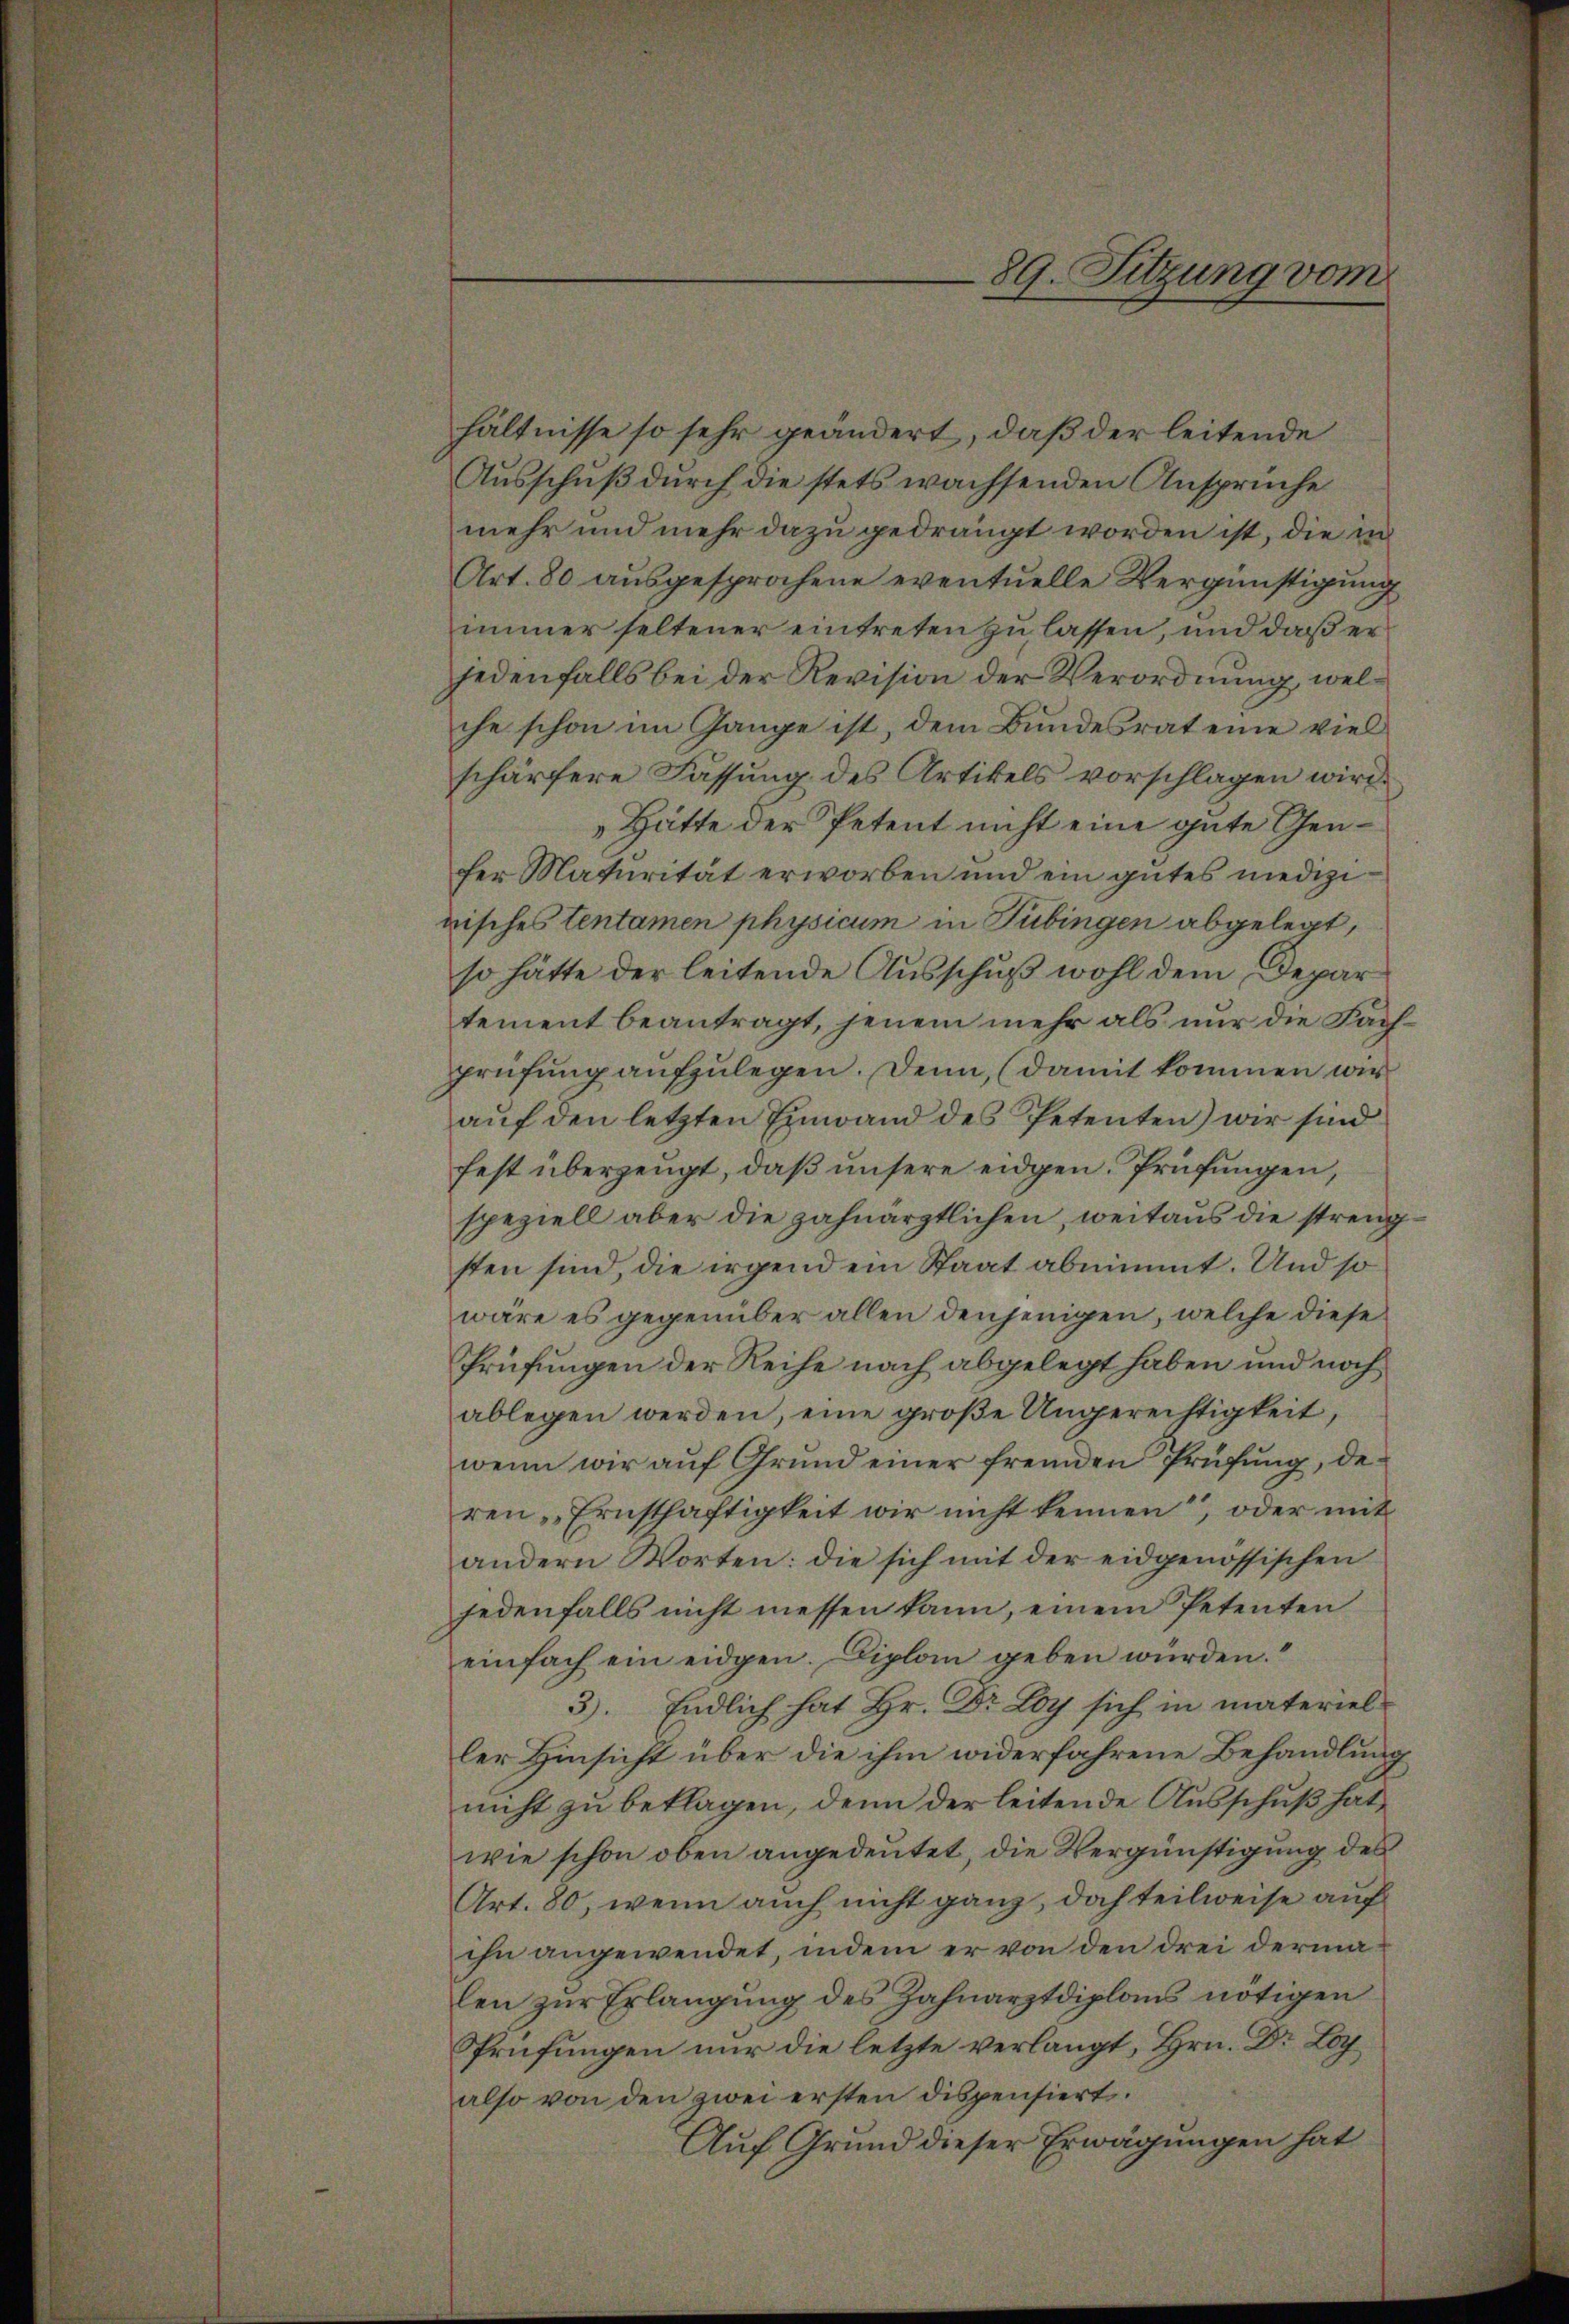
hältnisse so sehr geändert, daß der leitende
Ausschuß durch die stets wachsenden Ansprüche
mehr und mehr dazu gedrängt worden ist, die in
Art. 80 ausgesprochene eventuelle Vergünstigung
immer seltener eintreten zu lassen, und daß er
jedenfalls bei der Revision der Verordnung, welche schon im Gange ist, dem Bundesrat eine viel
schärfere Fassung des Artikels vorschlagen wird.
Hätte der Petent nicht eine gute Genfer Maturität erworben und ein gutes niedigi
risches tentamen physicum in Tübingen abgelegt,
so hätte der leitende Ausschuß wohl dem Depar
tement beantragt, jenem mehr als nur die Fachprüfung aufzulegen. Denn, (damit kommen wir
auf den letzten Einwand des Petenten) wir sind
fest überzeugt, daß unsere eidgen. Prüfungen,
speziell aber die zahnarztlichen, weitaus die strengsten sind, die irgendem Staat abnimmt. Und so
wäre es gegenüber allen denjenigen, welche diese
Prüfungen der Reihe nach abgelegt haben und noch
ablegen werden, eine große Ungerechtigkeit,
wenn wir auf Grund einer fremden Prüfung, deren „Ernsthaftigkeit wir nicht kennen, oder mit
andern Worten: die sich mit der eidgenössischen
jedenfalls nicht messen kann, einem Petenten
einfach ein eidgen. Diplom geben würden.
3). Endlich hat Hr. Dr Loy sich in materieller Hinsicht über die ihm widerfahrene Behandlung
nicht zu beklagen, denn der leitende Ausschuß hat,
wie schon oben angedeutet, die Vergünstigung des
Art. 80, wenn auch nicht ganz, doch teilweise auf
ihn angewendet, indem er von den drei dermalen zŭr Erlangung des Zahnarztdiploms nötigen
Prüfungen nur die letzte verlangt, Hrn. Dr Loalso von den zwei ersten dispensiert.
Auf Grund dieser Erwägungen hat

89. Sitzung vom